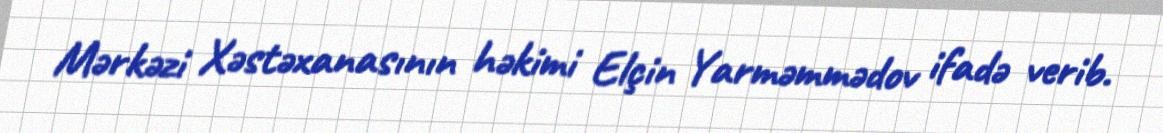
Mərkəzi Xəstəxanasının həkimi Elçin Yarməmmədov ifadə verib.